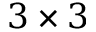
3 \times 3